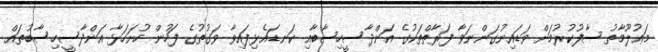
މަޢުލޫމާތު ސާފުކުރުމަށް ވަޑައިނުގަންނަވާ ފަރާތްތަކުގެ އަންދާސީހިސާބާއި ކަނޑައެޅިފައިވާ ވަގުތުގެ ފަހުން ހުށަހަޅާ އަންދާސީހިސާބުތައް